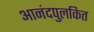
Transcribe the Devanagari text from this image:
आनंदपुलकित